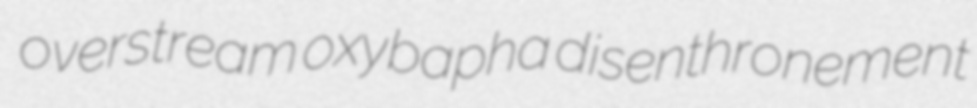
overstream oxybapha disenthronement